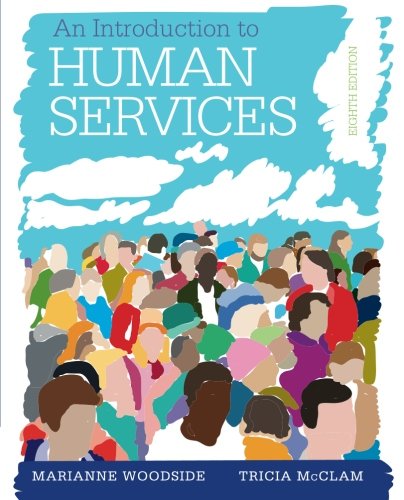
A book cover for An Introduction to Human Services (Book Only); Marianne R. Woodside; Medical Books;